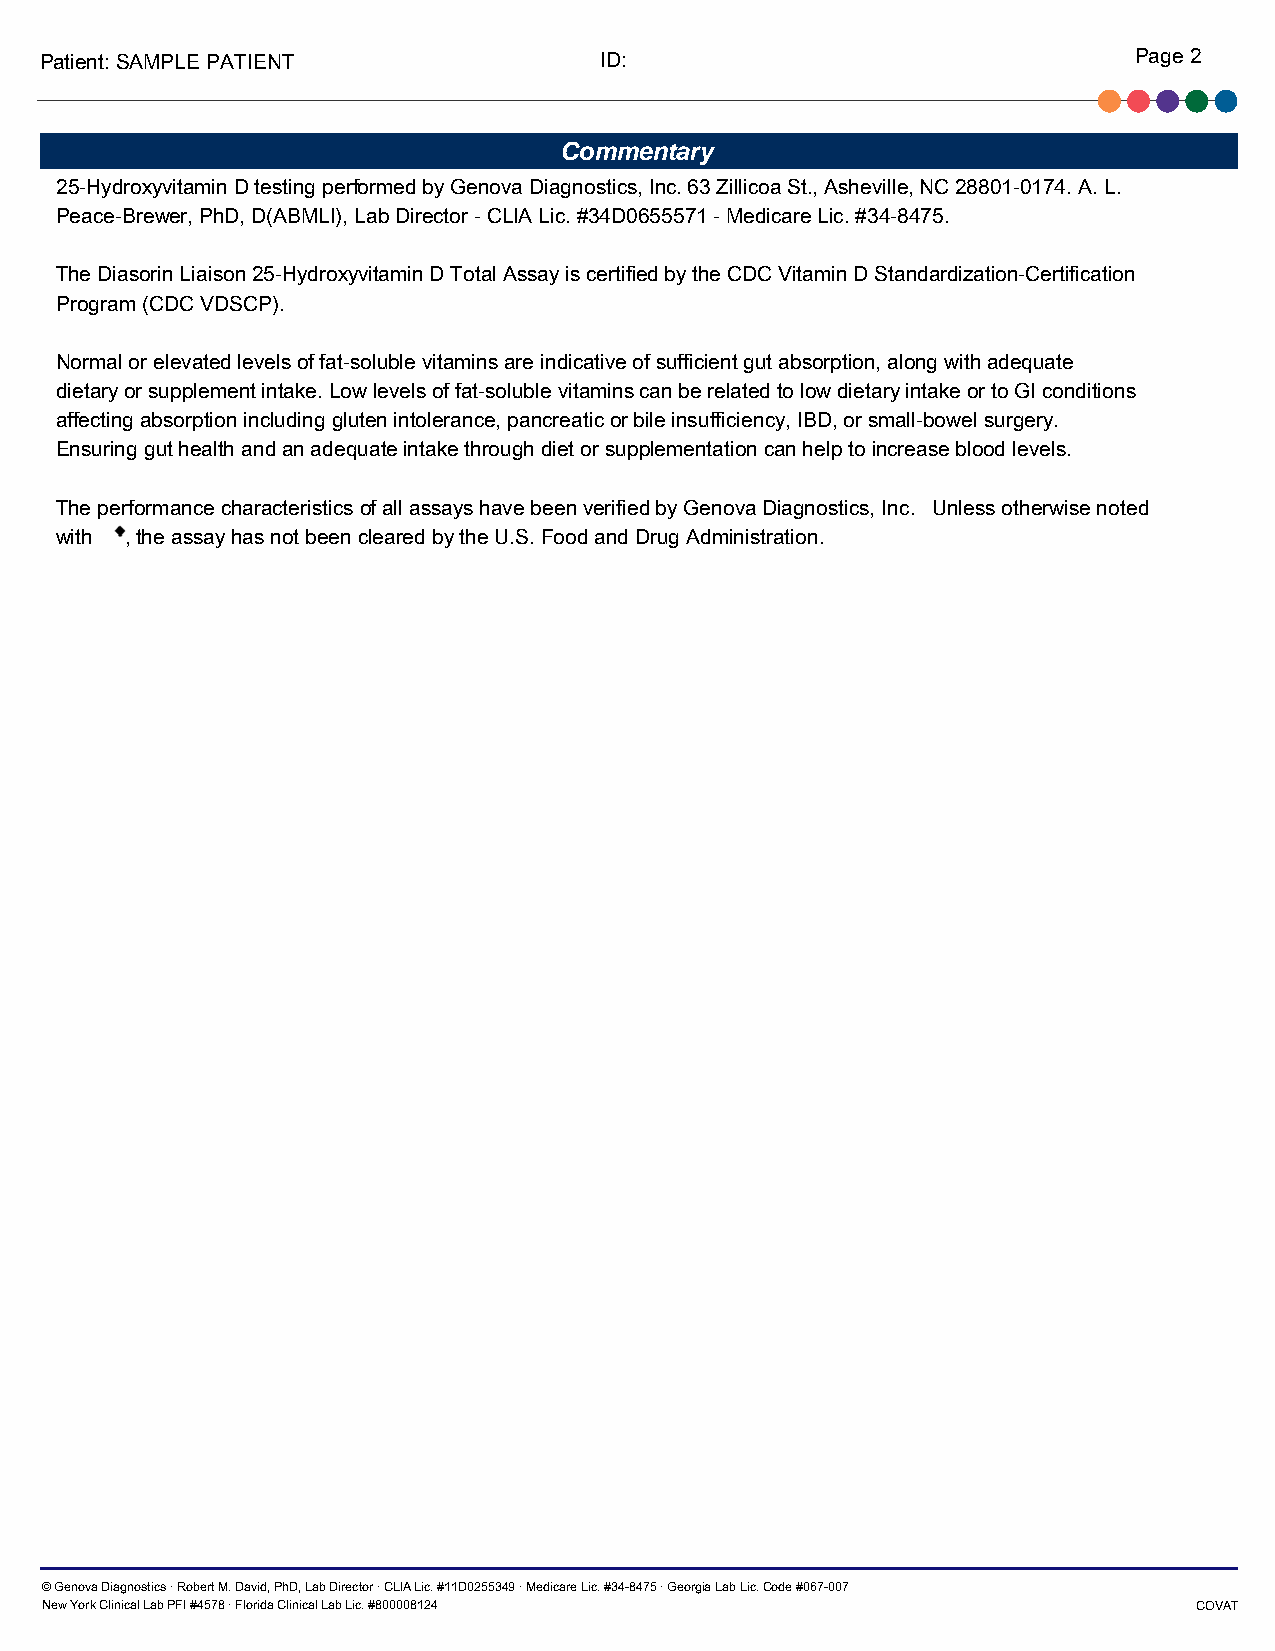
Patient: SAMPLE PATIENT              ID:                                Page 2
 Commentary
 25-Hydroxyvitamin D testing performed by Genova Diagnostics, Inc. 63 Zillicoa St., Asheville, NC 28801-0174. A. L.
 Peace-Brewer, PhD, D(ABMLI), Lab Director - CLIA Lic. #34D0655571 - Medicare Lic. #34-8475.
 The Diasorin Liaison 25-Hydroxyvitamin D Total Assay is certified by the CDC Vitamin D Standardization-Certification
 Program (CDC VDSCP).
 Normal or elevated levels of fat-soluble vitamins are indicative of sufficient gut absorption, along with adequate
 dietary or supplement intake. Low levels of fat-soluble vitamins can be related to low dietary intake or to GI conditions
 affecting absorption including gluten intolerance, pancreatic or bile insufficiency, IBD, or small-bowel surgery.
 Ensuring gut health and an adequate intake through diet or supplementation can help to increase blood levels.
 The performance characteristics of all assays have been verified by Genova Diagnostics, Inc. Unless otherwise noted
 with , the assay has not been cleared by the U.S. Food and Drug Administration.
 © Genova Diagnostics · Robert M. David, PhD, Lab Director · CLIA Lic. #11D0255349 · Medicare Lic. #34-8475 · Georgia Lab Lic. Code #067 -007
 New York Clinical Lab PFI #4578 · Florida Clinical Lab Lic. #800008124      COVAT